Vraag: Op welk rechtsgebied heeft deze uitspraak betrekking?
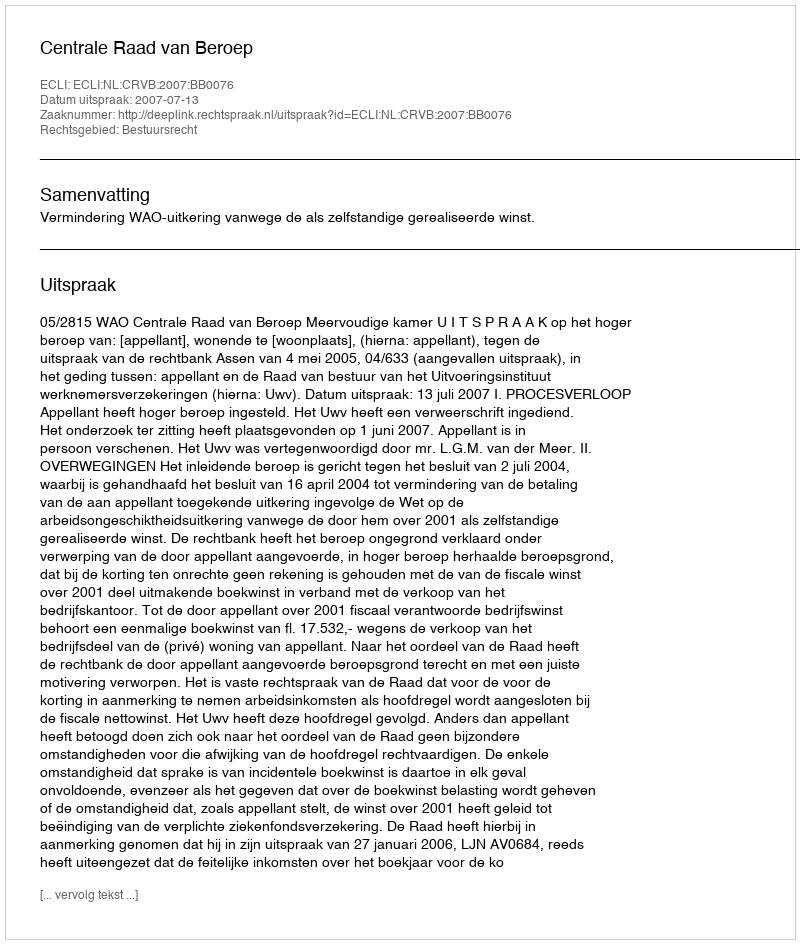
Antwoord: Bestuursrecht